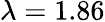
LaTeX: \lambda=1.86